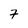
Character: 7